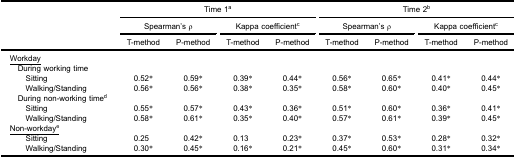
| <ROWSPAN=5>  | <COLSPAN=4> Time 1a | <COLSPAN=4> Time 2b |
 | <COLSPAN=2> Spearman’s ρ | <COLSPAN=2> Kappa coefficientc | <COLSPAN=2> Spearman’s ρ | <COLSPAN=2> Kappa coefficientc |
 | T-method | P-method | T-method | P-method | T-method | P-method | T-method | P-method |
 | --- | --- | --- | --- | --- | --- | --- | --- | --- |
 | <underline>Workday</underline> |  |  |  |  |  |  |  |  |
 | During working time |  |  |  |  |  |  |  |  |
 | Sitting | 0.52* | 0.59* | 0.39* | 0.44* | 0.56* | 0.65* | 0.41* | 0.44* |
 | Walking/Standing | 0.56* | 0.56* | 0.38* | 0.35* | 0.58* | 0.60* | 0.40* | 0.45* |
 | During non-working timed |  |  |  |  |  |  |  |  |
 | Sitting | 0.55* | 0.57* | 0.43* | 0.36* | 0.51* | 0.60* | 0.36* | 0.41* |
 | Walking/Standing | 0.58* | 0.61* | 0.35* | 0.40* | 0.57* | 0.61* | 0.39* | 0.45* |
 | <underline>Non-workdaye</underline> |  |  |  |  |  |  |  |  |
 | Sitting | 0.25 | 0.42* | 0.13 | 0.23* | 0.37* | 0.53* | 0.28* | 0.32* |
 | Walking/Standing | 0.30* | 0.45* | 0.16* | 0.21* | 0.45* | 0.60* | 0.31* | 0.34* |